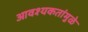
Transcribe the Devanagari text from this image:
आवश्यकतांमुळे